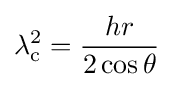
\lambda _{\rm {c}}^{2}={\frac {hr}{2\cos \theta }}